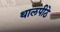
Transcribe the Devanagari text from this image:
थालपीठे